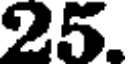
25.